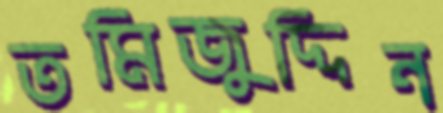
তমিজুদ্দিন